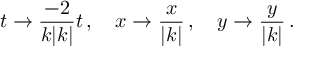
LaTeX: t \to { \frac { - 2 } { k | k | } } t \, , \, \, \, \, \, \, x \to { \frac { x } { | k | } } \, , \, \, \, \, \, \, y \to { \frac { y } { | k | } } \, .